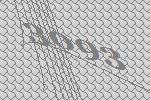
3093